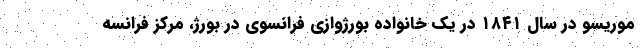
موریسو در سال ۱۸۴۱ در یک خانواده بورژوازی فرانسوی در بورژ، مرکز فرانسه